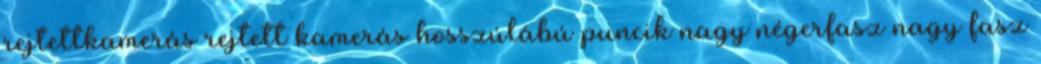
rejtettkamerás rejtett kamerás hosszúlábú puncik nagy négerfasz nagy fasz